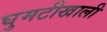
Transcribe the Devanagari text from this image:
घुमटीखाली